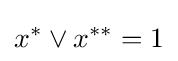
x^{*}\vee x^{**}=1